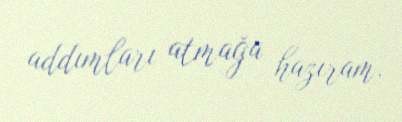
addımları atmağa hazıram.